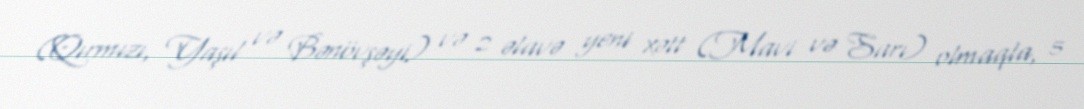
(Qırmızı, Yaşıl və Bənövşəyi) və 2 əlavə yeni xətt (Mavi və Sarı) olmaqla, 5